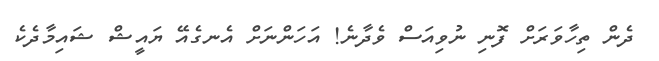
ދެން ތިހާވަރަށް ފޮނި ނުވިއަސް ވެދާނެ! އަހަންނަށް އެނގެއޭ ޔައީޝް ޝައިމާދެކެ